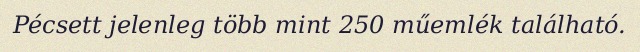
Pécsett jelenleg több mint 250 műemlék található.